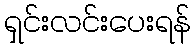
ရှင်းလင်းပေးရန်